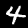
Label: 4